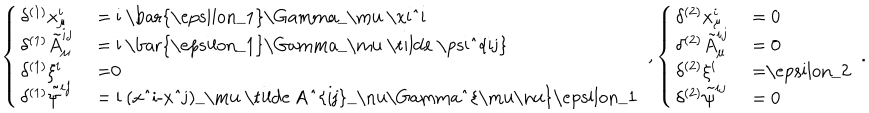
LaTeX: \left\{ \left\{ \begin{cases} { { \delta ^ { ( 1 ) } x _ { \mu } ^ { i } } } & { { = i \bar { \epsilon _ { 1 } } \Gamma _ { \mu } \xi ^ { i } } } \\ { { \delta ^ { ( 1 ) } \tilde { A } _ { \mu } ^ { i j } } } & { { = i \bar { \epsilon _ { 1 } } \Gamma _ { \mu } \tilde { \psi } ^ { i j } } } \\ { { \delta ^ { ( 1 ) } \xi ^ { i } } } & { { = 0 } } \\ { { \delta ^ { ( 1 ) } \tilde { \psi } ^ { i j } } } & { { = i ( x ^ { i } - x ^ { j } ) _ { \mu } \tilde { A } _ { \nu } ^ { i j } \Gamma ^ { \mu \nu } \epsilon _ { 1 } } } \\ \end{cases} \right. \right. , \left\{ \left\{ \begin{cases} { { \delta ^ { ( 2 ) } x _ { \mu } ^ { i } } } & { { = 0 } } \\ { { \delta ^ { ( 2 ) } \tilde { A } _ { \mu } ^ { i j } } } & { { = 0 } } \\ { { \delta ^ { ( 2 ) } \xi ^ { i } } } & { { = \epsilon _ { 2 } } } \\ { { \delta ^ { ( 2 ) } \tilde { \psi } ^ { i j } } } & { { = 0 } } \\ \end{cases} \right. \right. .